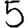
Digit: 5